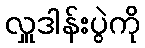
လှူဒါန်းပွဲကို